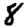
Digit: 8